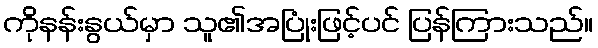
ကိုနန်းနွယ်မှာ သူ၏အပြုံးဖြင့်ပင် ပြန်ကြားသည်။